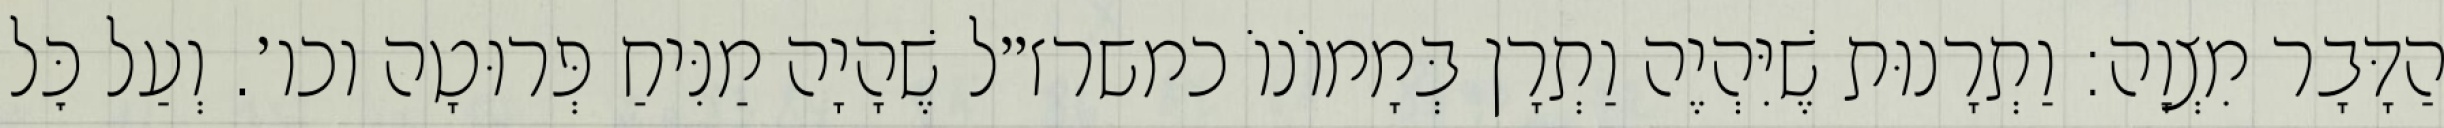
הַדָּבָר מִצְוָה: וַתְרָנוּת שֶׁיִּהְיֶה וַתְרָן בְּמָמוֹנוֹ כמשרז״ל שֶׁהָיָה מַנִּיחַ פְּרוּטָה וכו׳. וְעַל כׇּל